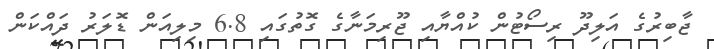
ޖާބިރުގެ އަލިދޫ ރިސޯޓުން ކުއްޔާއި ޖޫރިމަނާގެ ގޮތުގައި 6.8 މިލިއަން ޑޮލަރު ދައްކަން